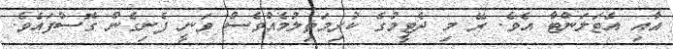
އާއި އެޓަލަންޓާ އެވެ. ރޭ މި ދެޓީމުގެ ކުރިމަތިލުމެއްވެސް ވަނީ ފެނިގެން ގޮސްފައެވެ.